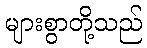
များစွာတို့သည်